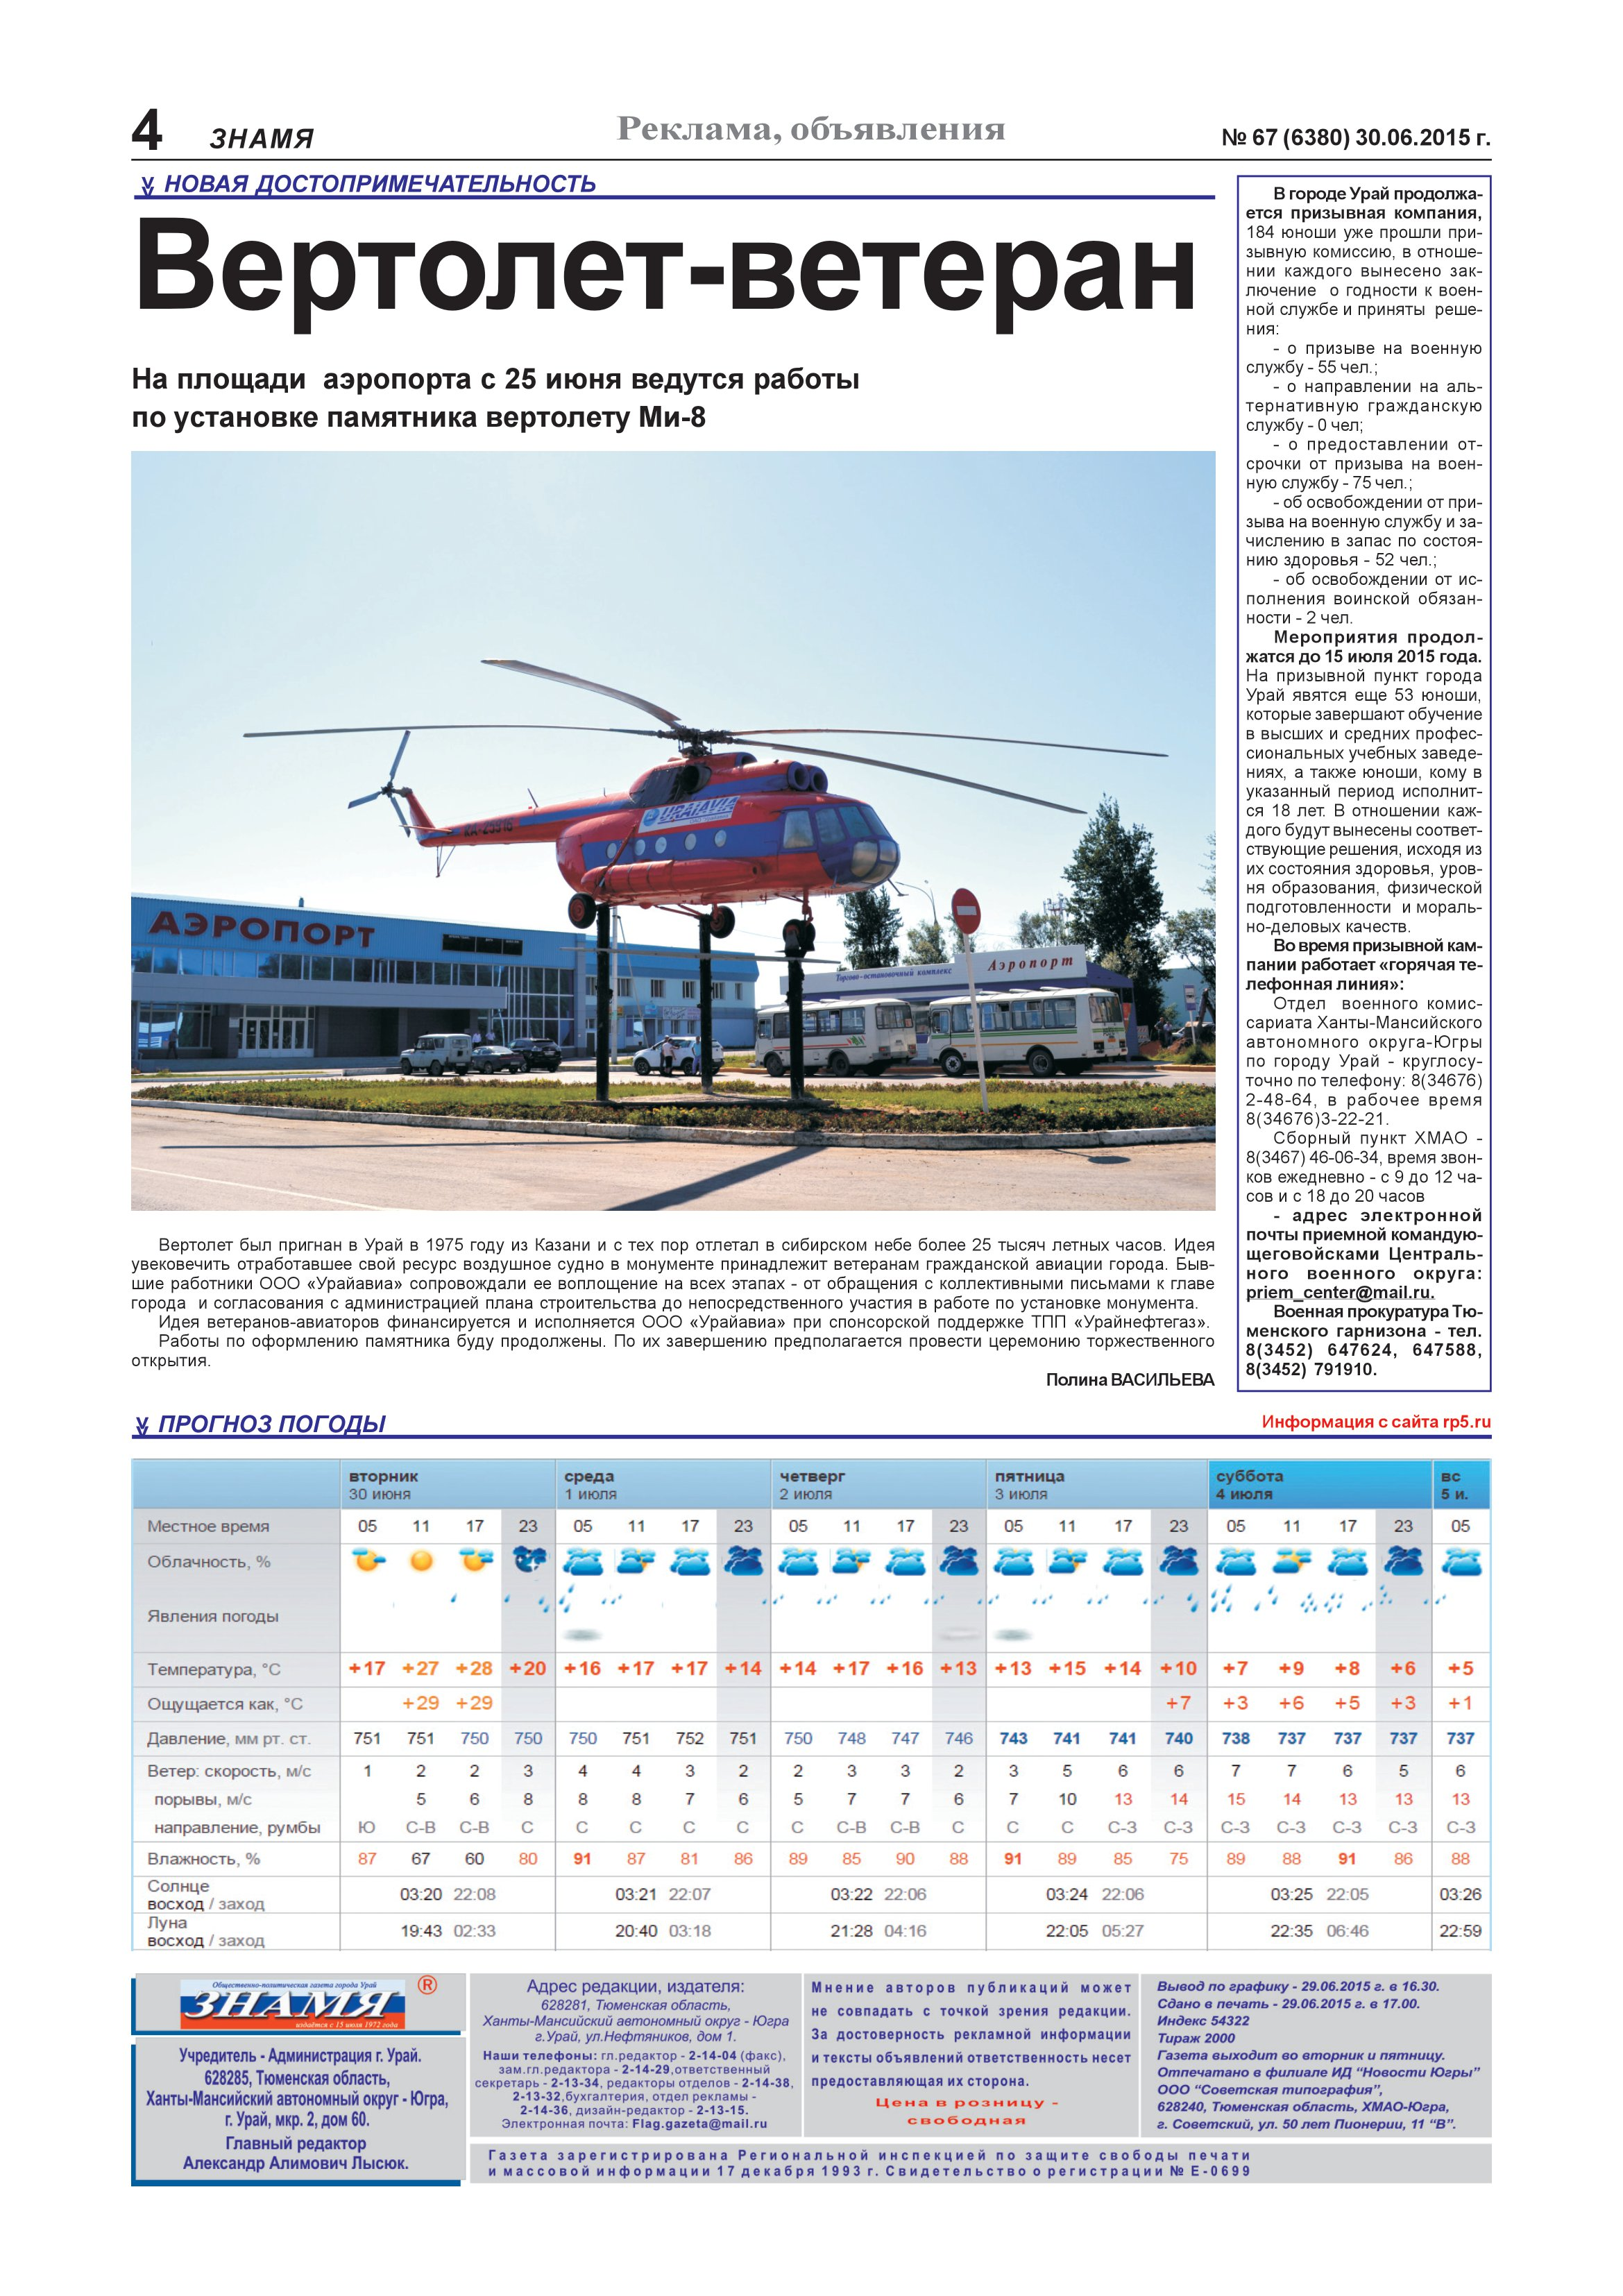
Language: ru